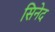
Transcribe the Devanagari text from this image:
सिनेद